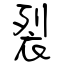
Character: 裂